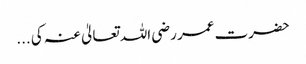
حضرت عمر رضی اللہ تعالیٰ عنہ کی ...